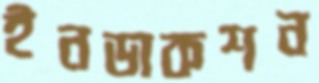
ইনডাকশন